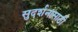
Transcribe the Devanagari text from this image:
सुदर्शनासाठी